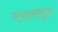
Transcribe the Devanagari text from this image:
एचडब्ल्यूएच